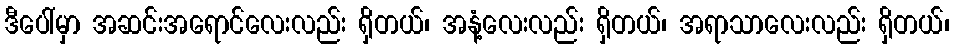
ဒီပေါ်မှာ အဆင်းအရောင်လေးလည်း ရှိတယ်၊ အနံ့လေးလည်း ရှိတယ်၊ အရာသာလေးလည်း ရှိတယ်၊